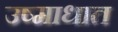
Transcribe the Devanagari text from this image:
उष्माधात